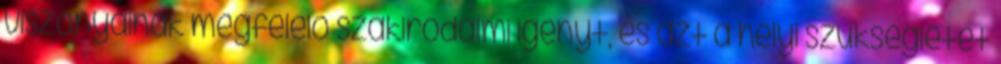
viszonyainak megfelelő szakirodalmi igényt, és azt a helyi szükségletet